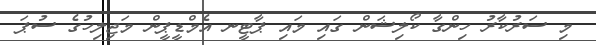
މި ސަރުކާރު ހިންގާ ކޯލިޝަން ގައި މައި ޕާޓީނ އެމްޑީޕީން މަޖިލިހުގެ ސުޕަ